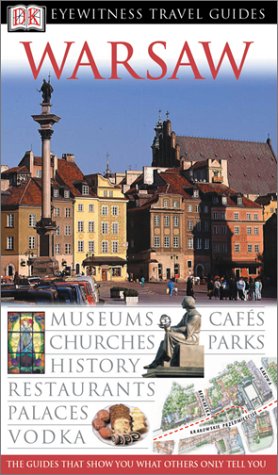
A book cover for Warsaw (Eyewitness Travel Guides); Malgorzata Omilanowska; Travel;